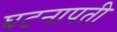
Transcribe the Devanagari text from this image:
घटनापती